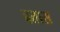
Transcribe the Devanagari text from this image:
बतास